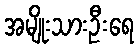
အမျိုးသားဦးရေ